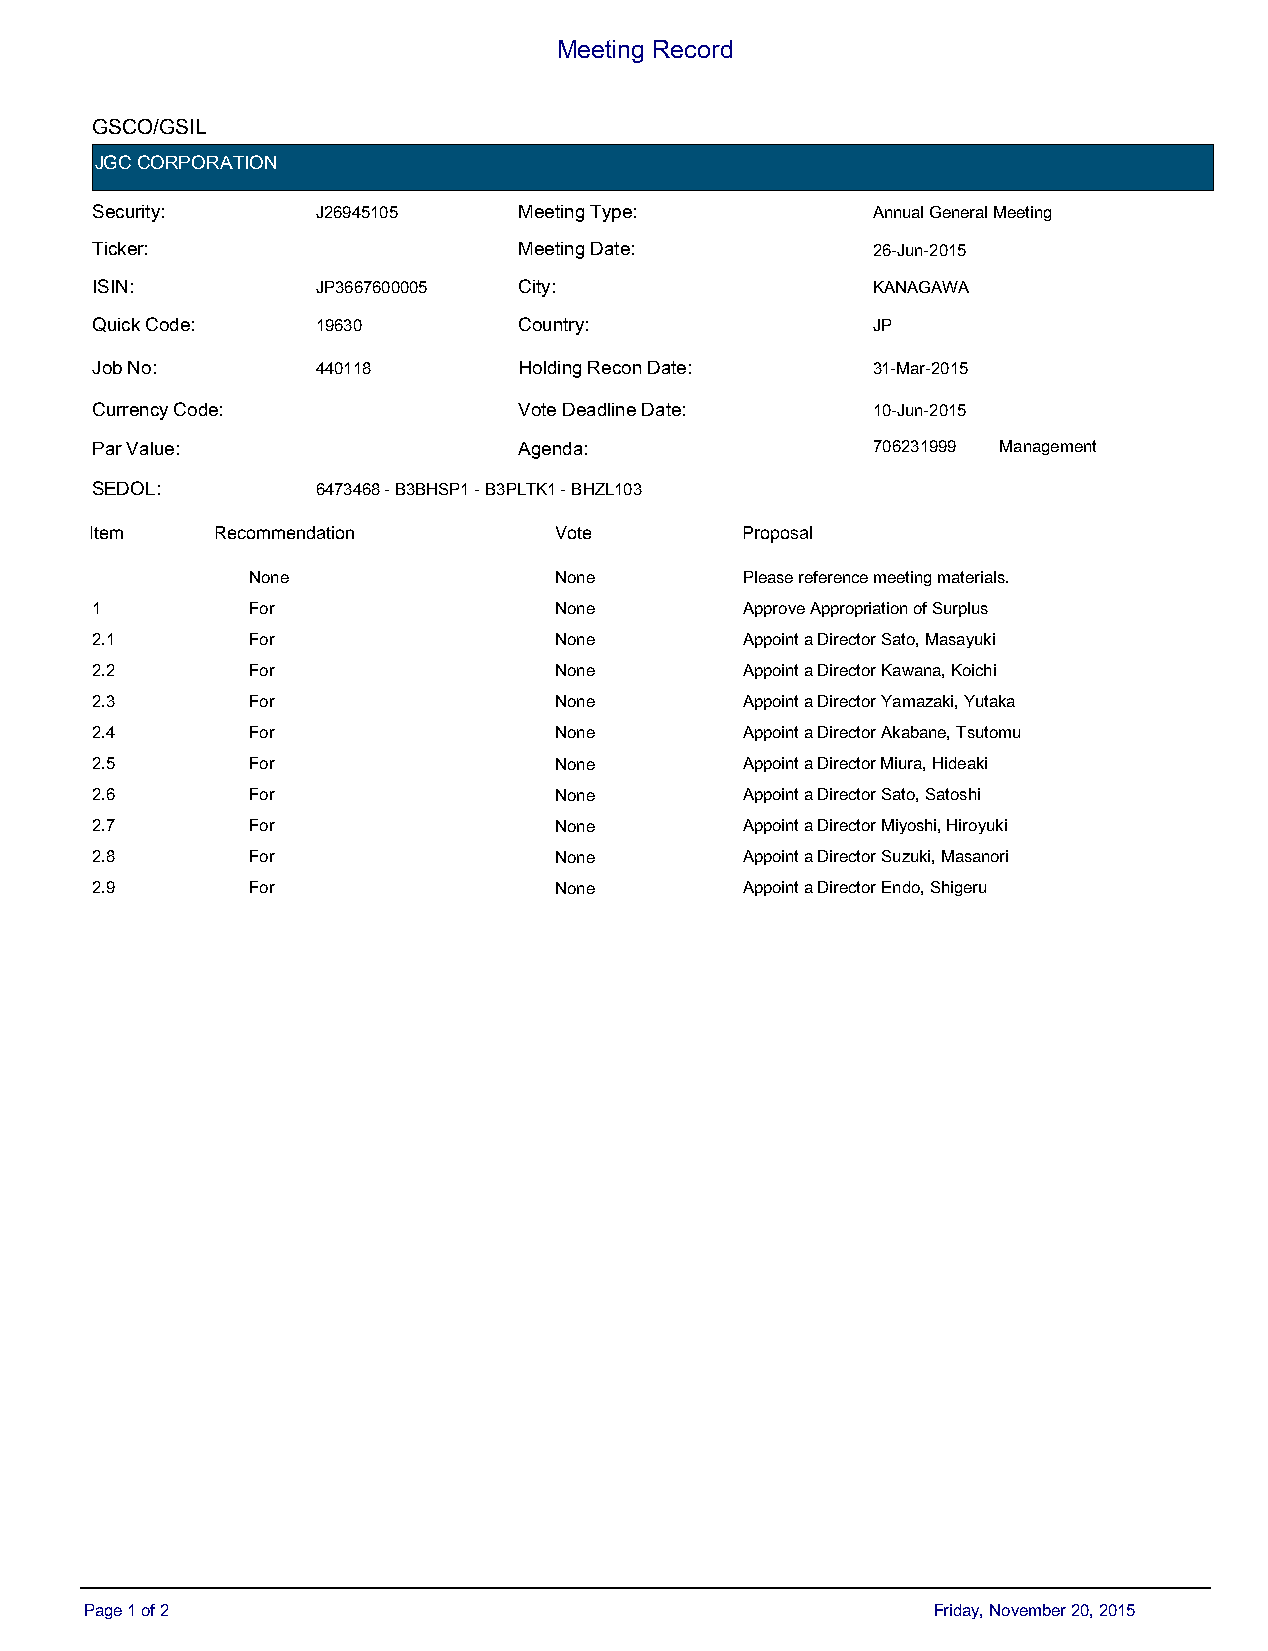
Meeting Record
 GSCO/GSIL
 JGC CORPORATION
 Security:      J26945105    Meeting Type:           Annual General Meeting
 Ticker:                     Meeting Date:           26-Jun-2015
 ISIN:          JP3667600005 City:                   KANAGAWA
 Quick Code:    19630        Country:                JP
 Job No:        440118       Holding Recon Date:     31-Mar-2015
 Currency Code:              Vote Deadline Date:     10-Jun-2015
 Par Value:                  Agenda:                 706231999 Management
 SEDOL:         6473468 - B3BHSP1 - B3PLTK1 - BHZL103
 IItteemm RecoRmemcoemndmaetinond a t i o n VDoetfea u l t V o t e PPrrooppoossaall
 None                 None        Please reference meeting materials.
 1         For                  None        Approve Appropriation of Surplus
 2.1       For                  None        Appoint a Director Sato, Masayuki
 2.2       For                  None        Appoint a Director Kawana, Koichi
 2.3       For                  None        Appoint a Director Yamazaki, Yutaka
 2.4       For                  None        Appoint a Director Akabane, Tsutomu
 2.5       For                  None        Appoint a Director Miura, Hideaki
 2.6       For                  None        Appoint a Director Sato, Satoshi
 2.7       For                  None        Appoint a Director Miyoshi, Hiroyuki
 2.8       For                  None        Appoint a Director Suzuki, Masanori
 2.9       For                  None        Appoint a Director Endo, Shigeru
 Page 1 of 2                                             Friday, November 20, 2015